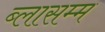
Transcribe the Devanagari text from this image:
ब्लासम्म